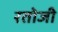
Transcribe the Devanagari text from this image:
रतोजी